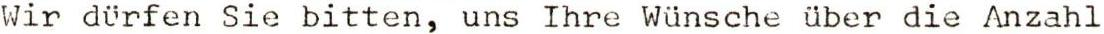
Wir dürfen Sie bitten, uns Ihre Wünsche über die Anzahl